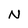
Character: N